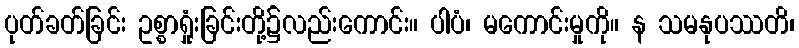
ပုတ်ခတ်ခြင်း ဥစ္စာရှုံးခြင်းတို့၌လည်းကောင်း။ ပါပံ၊ မကောင်းမှုကို။ န သမနုပဿတိ၊